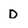
Character: D